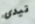
تيدى